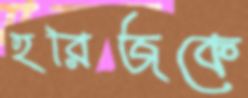
হরিজকে